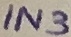
Text: IN3